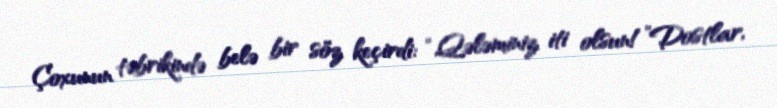
Çoxunun təbrikində belə bir söz keçirdi: “Qələminiz iti olsun!”Dostlar,